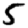
Digit: 5